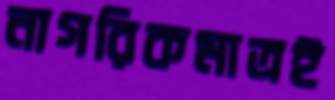
নাগরিকমাত্রই